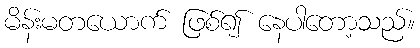
မိန်းမတယောက် ဖြစ်၍ နေပါတော့သည်။